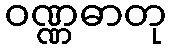
ဝဏ္ဏဓာတု